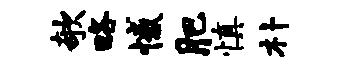
欹略憾肥慎朴